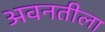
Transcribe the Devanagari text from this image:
अवनतीला